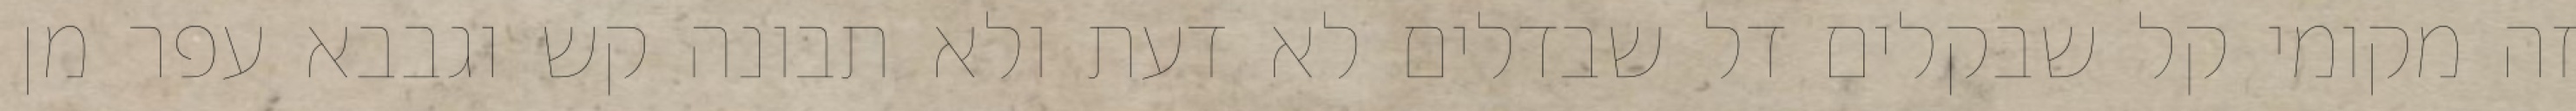
זה מקומי קל שבקלים דל שבדלים לא דעת ולא תבונה קש וגבבא עפר מן